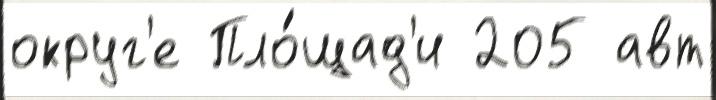
округ'е Пло́щад'и 205 авт